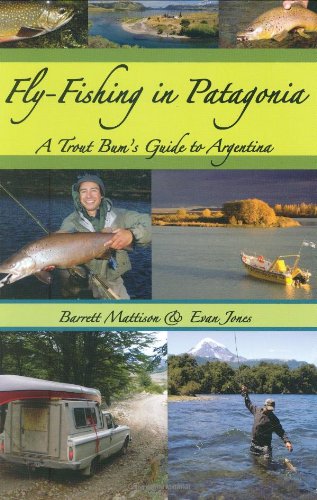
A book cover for Fly-Fishing in Patagonia: A Trout Bum's Guide to Argentina; Barrett Mattison; Travel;